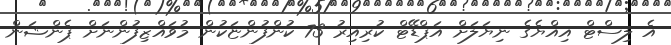
އެ ލިސްޓް އިއްޔެގެ ނިޔަލަށް އަޕްޑޭޓް ކުރިއިރު 73 ކުންފުންޏަކުން މުވައްޒިފުންނަށް ޕެންޝަން